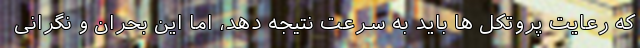
که رعایت پروتکل ها باید به سرعت نتیجه دهد، اما این بحران و نگرانی